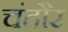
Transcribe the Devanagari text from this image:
चंदौर